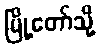
မြို့တော်သို့